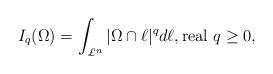
LaTeX: \begin{align*}I_{q}(\Omega)=\int_{\pounds^{n}}|\Omega \cap \ell|^{q}d\ell, {\rm real}\ q\geq 0,\end{align*}